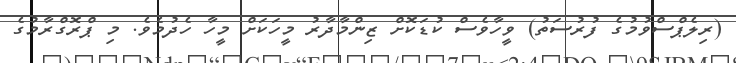
(ރިލެޕްސްވުމުގެ ފުރުސަތު) ވީހާވެސް ކުޑަކޮށް ޒިންމާދާރު މީހަކަށް މީހާ ހެދުމެވެ. މި ޕްރޮގްރާމުގެ